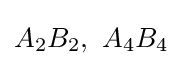
A_{2}B_{2},\ A_{4}B_{4}